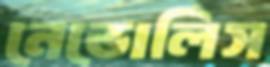
নেভোলিস